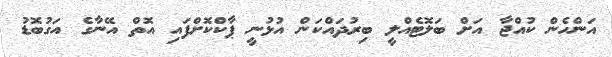
އަންހެން ކުއްޖާ އަށް ބަލޮޓެއްލީ ބިރުދައްކަން އުޅުނީ ޕާކްކޮށްފައި އޮތް އޭނާގެ އަގުބޮޑު